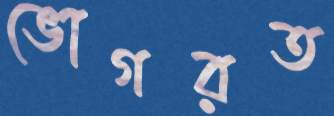
ভোগরত